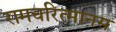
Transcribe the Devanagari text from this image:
रामचरित्मानस